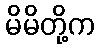
မိမိတို့က